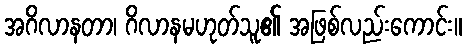
အဂိလာနတာ၊ ဂိလာနမဟုတ်သူ၏ အဖြစ်လည်းကောင်း။